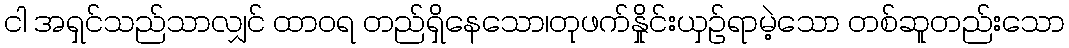
ငါ အရှင်သည်သာလျှင် ထာဝရ တည်ရှိနေသော၊တုဖက်နှိုင်းယှဉ်ရာမဲ့သော တစ်ဆူတည်းသော